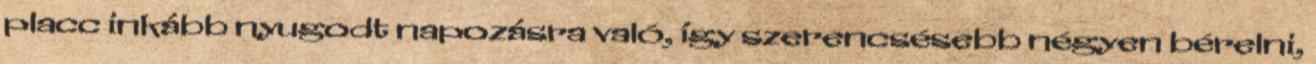
placc inkább nyugodt napozásra való, így szerencsésebb négyen bérelni,